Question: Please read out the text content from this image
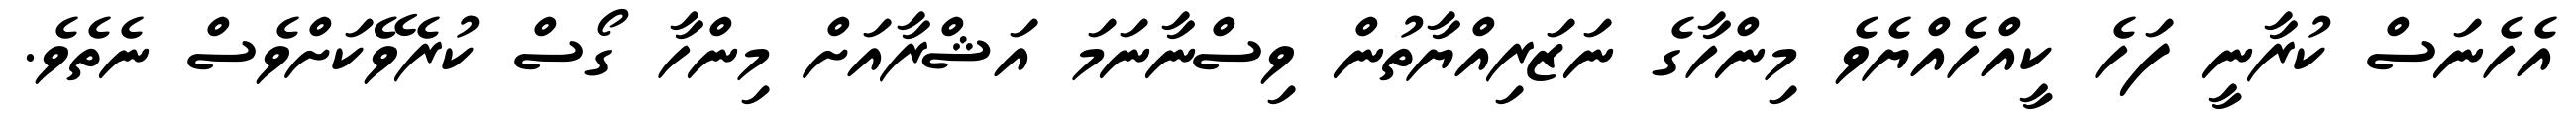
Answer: އެހެނަސް ކުރާނީ ފަހެ ކީއްހެއްޔެވެ މިންހާގެ ނަޒަރިއްޔާތުން ވިސްނާނަމަ އަޝްރާއަށް މިންހާ ގޯސް ކުރެވޭކަށްވެސް ނެތެވެ.